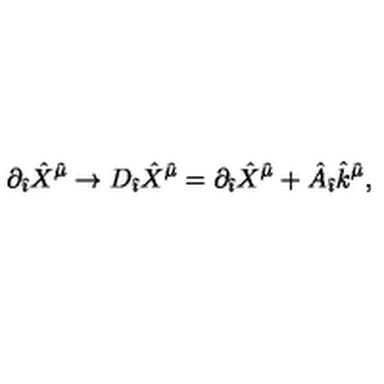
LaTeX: \partial _ { \hat { \imath } } { \hat { X } } ^ { \hat { \mu } } \rightarrow D _ { \hat { \imath } } { \hat { X } } ^ { \hat { \mu } } = \partial _ { \hat { \imath } } { \hat { X } } ^ { \hat { \mu } } + { \hat { A } } _ { \hat { \imath } } { \hat { k } } ^ { \hat { \mu } } ,